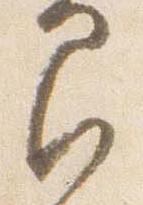
間